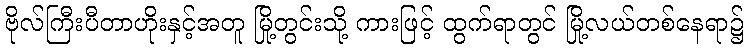
ဗိုလ်ကြီးပီတာဟိုးနှင့်အတူ မြို့တွင်းသို့ ကားဖြင့် ထွက်ရာတွင် မြို့လယ်တစ်နေရာ၌